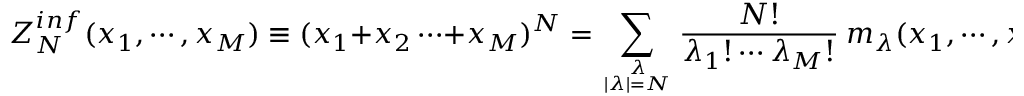
Z _ { N } ^ { i n f } ( x _ { 1 } , \cdots , x _ { M } ) \equiv ( x _ { 1 } + x _ { 2 } \cdots + x _ { M } ) ^ { N } = \sum _ { \lambda \atop { | \lambda | = N } } { \frac { N ! } { \lambda _ { 1 } ! \cdots \lambda _ { M } ! } } ~ m _ { \lambda } ( x _ { 1 } , \cdots , x _ { M } ) \, \, \, \, .